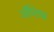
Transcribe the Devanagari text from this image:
ऑब्लिक